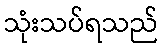
သုံးသပ်ရသည်